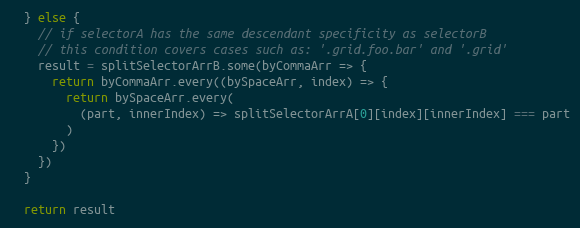
Language: JavaScript
  } else {
    // if selectorA has the same descendant specificity as selectorB
    // this condition covers cases such as: '.grid.foo.bar' and '.grid'
    result = splitSelectorArrB.some(byCommaArr => {
      return byCommaArr.every((bySpaceArr, index) => {
        return bySpaceArr.every(
          (part, innerIndex) => splitSelectorArrA[0][index][innerIndex] === part
        )
      })
    })
  }

  return result